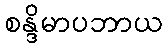
စန္ဒိမာပဘာယ